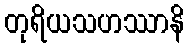
တုရိယသဟဿာနိ